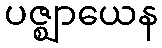
ပဇ္ဈာယေန